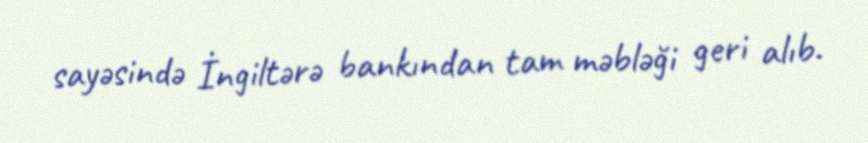
sayəsində İngiltərə bankından tam məbləği geri alıb.